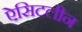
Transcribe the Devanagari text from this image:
ऐसिटलीन